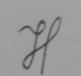
Signature authenticity: genuine